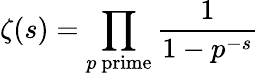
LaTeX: \zeta(s)=\prod_{p{\mathrm{~prime}}}{\frac{1}{1-p^{-s}}}